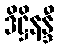
ဒိဋ္ဌိနန္ဒီ